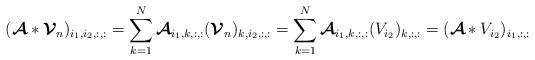
LaTeX: \begin{align*} (\boldsymbol{\mathcal{A}}*\boldsymbol{\mathcal{V}}_n)_{i_1,i_2,:,:}=\sum_{k=1}^{N}\boldsymbol{\mathcal{A}}_{i_1,k,:,:}(\boldsymbol{\mathcal{V}}_n)_{k,i_2,:,:}=\sum_{k=1}^{N}\boldsymbol{\mathcal{A}}_{i_1,k,:,:}({V}_{i_2})_{k,:,:}=(\boldsymbol{\mathcal{A}}*{V}_{i_2})_{i_1,:,:}\end{align*}